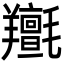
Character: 𦏫